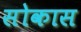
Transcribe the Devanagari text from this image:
सोकास